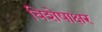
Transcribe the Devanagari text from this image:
विशेषाक्षर